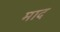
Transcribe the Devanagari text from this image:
माद